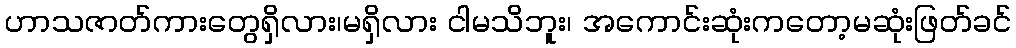
ဟာသဇာတ်ကားတွေရှိလား၊မရှိလား ငါမသိဘူး၊ အကောင်းဆုံးကတော့မဆုံးဖြတ်ခင်